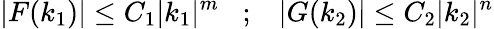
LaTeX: |F(k_{1})|\leq C_{1}|k_{1}|^{m}\; \; \; ;\; \; \; |G(k_{2})|\leq C_{2}|k_{2}|^{n}